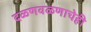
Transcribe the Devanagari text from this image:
दळणवळणाचेही